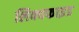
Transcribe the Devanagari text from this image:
लिक्वफाइड